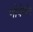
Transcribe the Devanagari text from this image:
णोवेम्बेर